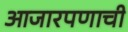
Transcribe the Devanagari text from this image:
आजारपणाची